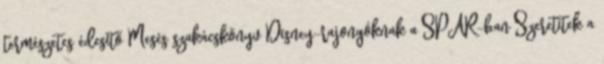
természetes édesítő Mesés szakácskönyv Disney-rajongóknak a SPAR-ban Szeretitek a